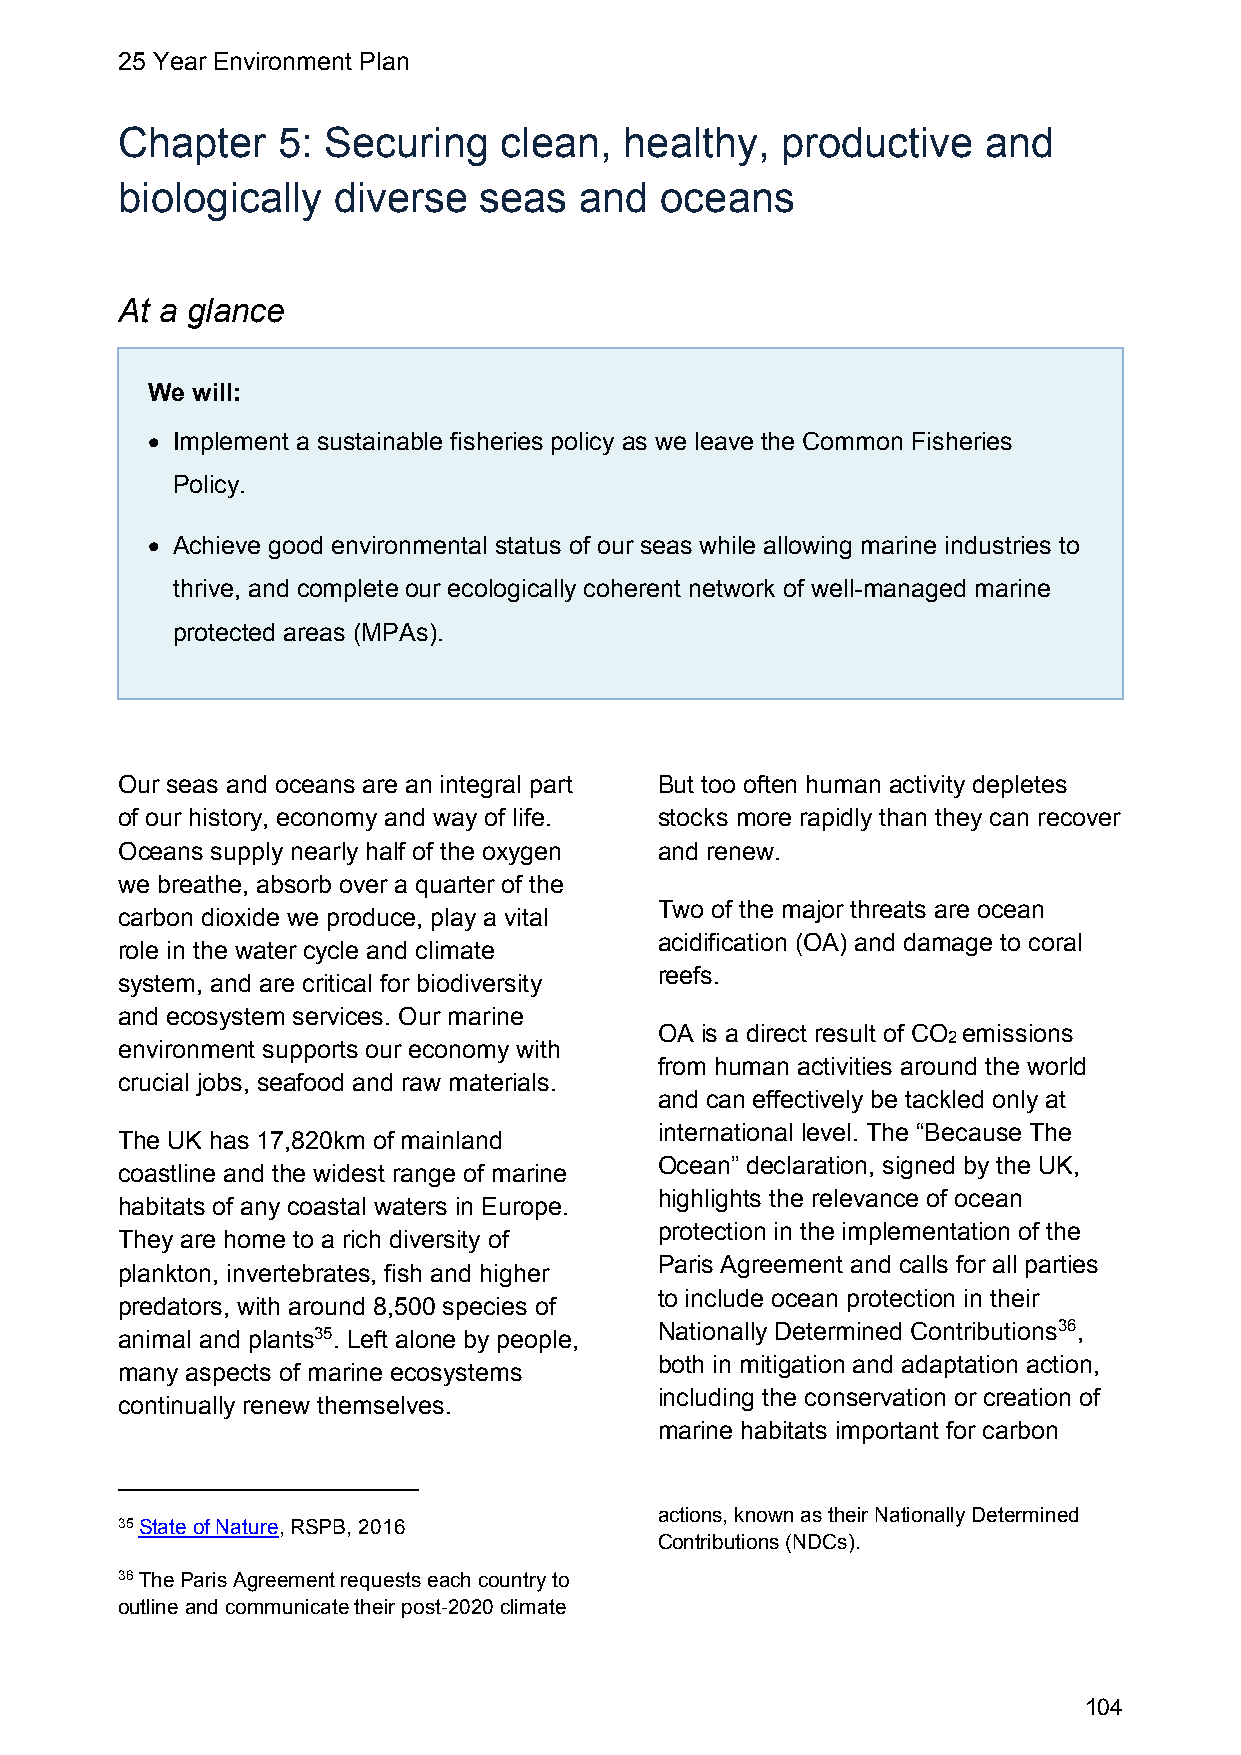
25 Year Environment Plan
 Chapter   5: Securing    clean,  healthy,   productive   and
 biologically  diverse   seas  and   oceans
 At a glance
 We will:
  Implement a sustainable fisheries policy as we leave the Common Fisheries
 Policy.
  Achieve good environmental status of our seas while allowing marine industries to
 thrive, and complete our ecologically coherent network of well-managed marine
 protected areas (MPAs).
 Our seas and oceans are an integral part But too often human activity depletes
 of our history, economy and way of life. stocks more rapidly than they can recover
 Oceans supply nearly half of the oxygen and renew.
 we breathe, absorb over a quarter of the
 Two of the major threats are ocean
 carbon dioxide we produce, play a vital
 acidification (OA) and damage to coral
 role in the water cycle and climate
 reefs.
 system, and are critical for biodiversity
 and ecosystem services. Our marine
 OA is a direct result of CO emissions
 2
 environment supports our economy with
 from human activities around the world
 crucial jobs, seafood and raw materials.
 and can effectively be tackled only at
 international level. The “Because The
 The UK has 17,820km of mainland
 Ocean” declaration, signed by the UK,
 coastline and the widest range of marine
 highlights the relevance of ocean
 habitats of any coastal waters in Europe.
 protection in the implementation of the
 They are home to a rich diversity of
 Paris Agreement and calls for all parties
 plankton, invertebrates, fish and higher
 to include ocean protection in their
 predators, with around 8,500 species of
 Nationally Determined Contributions36,
 animal and plants35. Left alone by people,
 both in mitigation and adaptation action,
 many aspects of marine ecosystems
 including the conservation or creation of
 continually renew themselves.
 marine habitats important for carbon
 actions, known as their Nationally Determined
 35 State of Nature, RSPB, 2016
 Contributions (NDCs).
 36 The Paris Agreement requests each country to
 outline and communicate their post-2020 climate
 104